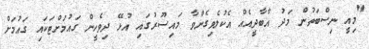
"މިއީ ނިސްބަތުން މަދު އާބާދީއެއް އެކުލެވިގެންވާ މައިސޫރުގައި އުޅޭ ދިވެހީން ގައުމަށްޓަކައި ގައުމަށް